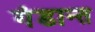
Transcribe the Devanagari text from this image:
गंडान्त